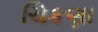
ચિકણા